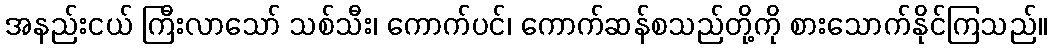
အနည်းငယ် ကြီးလာသော် သစ်သီး၊ ကောက်ပင်၊ ကောက်ဆန်စသည်တို့ကို စားသောက်နိုင်ကြသည်။